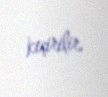
keçirilir.